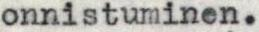
onnistuminen.